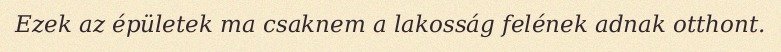
Ezek az épületek ma csaknem a lakosság felének adnak otthont.